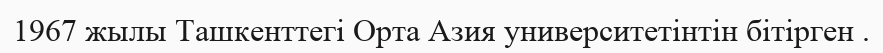
1967 жылы Ташкенттегі Орта Азия университетінтін бітірген .